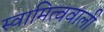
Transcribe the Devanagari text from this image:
स्वामित्ववाली